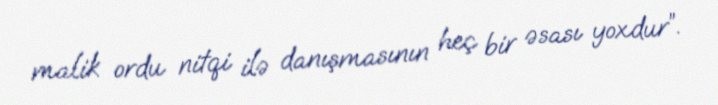
malik ordu nitqi ilə danışmasının heç bir əsası yoxdur”.